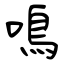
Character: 鳴